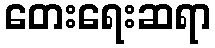
တေးရေးဆရာ